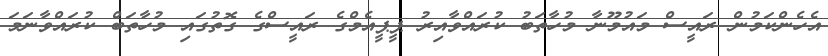
އެހެންކަމުން ރައީސް މައުމޫނާ މުހާތަބު ކުރައްވާއިރު ޕީޕީއެމްގެ ރައީސްގެ ގޮތުގައި މުހާތަބް ކުރައްވާނަމަ